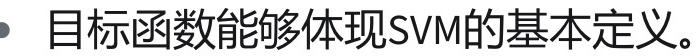
#NAME?